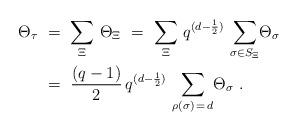
LaTeX: \begin{align*}\aligned\Theta_{\tau} \ &= \ {\underset {\Xi} \sum } \ \Theta_{\Xi} \ = \ {\underset {\Xi} \sum } \ q^{(d-\frac12 )} \ {\underset {\sigma \in {S_{\Xi}}} \sum } \Theta_{\sigma} \\&= \ {\frac{(q-1)}{2}} \, q^{(d-\frac12 )} \ {\underset {\rho(\sigma ) \, = \, d} \sum } \Theta_{\sigma} \ .\endaligned\end{align*}